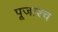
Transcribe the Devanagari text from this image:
पूजाश्‍च